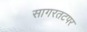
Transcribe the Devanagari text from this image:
सागरतटपर